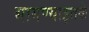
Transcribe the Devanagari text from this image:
भागण्याइतके